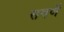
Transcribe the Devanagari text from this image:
सवर्णे